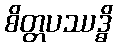
စိတ္တပဿဒ္ဓိ